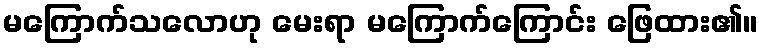
မကြောက်သလောဟု မေးရာ မကြောက်ကြောင်း ဖြေထား၏။